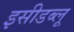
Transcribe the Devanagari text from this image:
इसीडब्लू